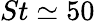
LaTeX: St\simeq 50